Report on vaccination in Madras 1877-1894 - 1877-1894
Year: 1877
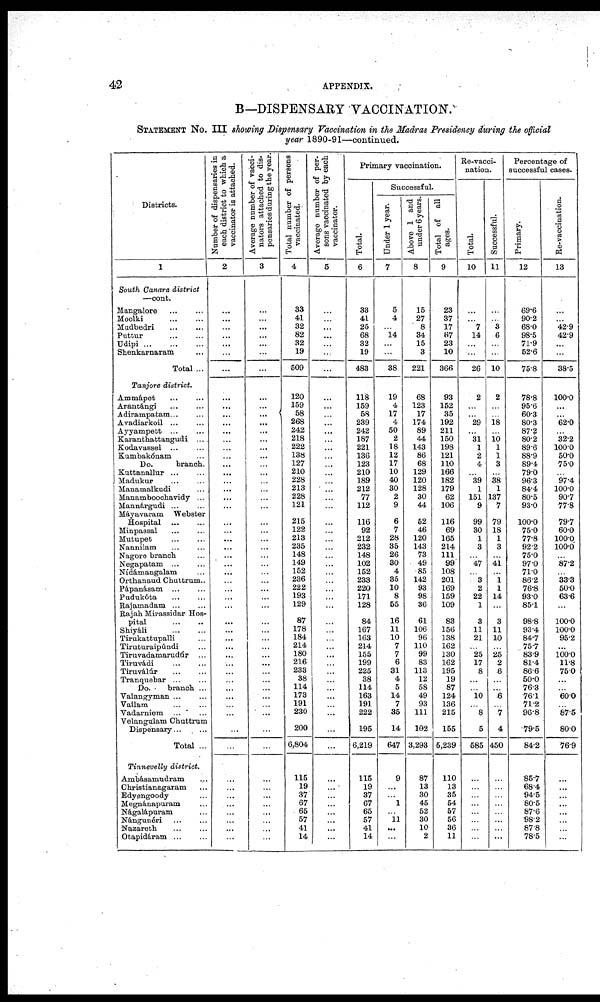
42
APPENDIX.
B—DISPENSARY VACCINATION.
STATEMENT No. III showing Dispensary Vaccination in the Madras Presidency during the official
year 1890-91—continued.
Districts.
1
South Canara district
—cont.
Mangalore ... ...
Moolki ... ...
Madbedri
...
...
Puttur
...
...
Udipi
...
...
...
Shenkarnaram ...
Total ...
Tanjore district.
Ammápet ... ...
Arantángi ... ...
Adirampatam ... ...
Avadiarkoil
...
...
Ayyampett ... ...
Karanthattangudi ...
Kodavassal ... ...
Kumbakónam ...
Do.
branch.
Kuttanallur ... ...
Madukur ... ...
Manamalkudi ...
Manamboochavidy ...
Mannárgudi ... ...
Máyavaram Webster
Hospital ... ...
Minpassal
...
...
Mutupet
...
...
Nannilam ... ...
Nagore branch ...
Negapatam ... ...
Nídamangalam ...
Orthanaud Chuttrum..
Pápanásam
...
...
Pudukóta
...
...
Rajamadam ... ...
Rajah Mirassidar Hos-
pital
...
...
Shiyáli
...
...
Tirukattupalli ...
Tiruturaipúndi ...
Tiruvadamarudúr ...
Tiruvádi
...
...
Tiruválúr
...
...
Tranquebar ... ...
Do.
branch ...
Valangyman ... ...
Vallam ... ...
Vadarniem ... ...
Velangulam Chuttrum
Dispensary...
Total ...
Tinnevelly district.
Ambásamudram ...
Ghristianagaram ...
Edyengoody ...
Megnánapuram ...
Nágalápuram ...
Nángunéri ... ...
Nazareth ... ...
Otapidáram
...
...
Number of dispensaries in
each district to which a
vaccinator is attached.
2
...
...
...
...
...
...
...
...
...
...
...
...
...
...
...
...
...
...
...
...
...
...
...
...
...
...
...
...
...
...
...
...
...
...
...
...
...
...
...
...
...
...
...
...
...
...
...
...
...
...
...
...
...
...
Average number of vacci-
nators attached to dis-
pensaries during the year.
3
...
...
...
...
...
...
...
...
...
...
...
...
...
...
...
...
...
...
...
...
...
...
...
...
...
...
...
...
...
...
...
...
...
...
...
...
...
...
...
...
...
...
...
...
...
...
...
...
...
...
...
...
...
...
Total number of persons
vaccinated.
4
33
41
32
82
32
19
509
120
159
58
268
242
218
222
138
127
210
228
213
228
121
215
122
213
235
148
149
152
236
222
193
129
87
178
184
214
180
216
233
38
114
173
191
230
200
6,804
115
19
37
67
65
57
41
14
Average number of per-
sons vaccinated by each
vaccinator.
5
...
...
...
...
...
...
...
...
...
...
...
...
...
...
...
...
...
...
...
...
...
...
...
...
...
...
...
...
...
...
...
...
...
...
...
...
...
...
...
...
...
...
...
...
...
...
...
...
...
...
...
...
...
...
Primary vaccination.
Total.
6
33
41
25
68
32
19
483
118
159
58
239
242
187
221
136
123
210
189
212
77
112
116
92
212
232
148
102
152
233
220
171
128
84
167
163
214
155
199
225
38
114
163
191
222
195
6,219
115
19
37
67
65
57
41
14
Successful.
Under 1 year.
7
5
4
...
14
...
...
38
19
4
17
4
50
2
18
12
17
10
40
30
2
9
6
7
28
35
26
30
4
35
10
8
55
16
11
10
7
7
6
31
4
5
14
7
35
14
647
9
...
...
1
...
11
...
...
Above 1 and
under 6 years.
8
15
27
8
34
15
3
221
68
123
17
174
89
44
143
86
68
129
120
128
30
44
52
46
120
143
73
49
85
142
93
98
36
61
106
96
110
99
83
113
12
58
49
93
111
102
3,293
87
13
30
45
52
30
10
2
Total of all
ages.
9
23
37
17
67
23
10
366
93
152
35
192
211
150
198
121
110
166
182
179
62
106
116
69
165
214
111
99
108
201
169
159
109
83
156
138
162
130
162
195
19
87
124
136
215
155
5,239
110
13
35
54
57
56
36
11
Re-vacci-
nation.
Total.
10
...
...
7
14
...
...
26
2
...
...
29
...
31
1
2
4
...
39
1
151
9
99
30
1
3
...
47
...
3
2
22
1
3
11
21
...
25
17
8
...
...
10
...
8
5
586
...
...
...
...
...
...
...
...
Successful.
11
...
...
3
6
...
...
10
2
...
...
18
...
10 1
1
3
...
38
1
137
7
79
18
1
3
...
41
...
1
1
14
...
3
11
10
...
25
2
6
...
...
6
...
7
4
450
...
...
...
...
...
...
...
...
Percentage of
successful cases.
Primary.
12
69.6
90.2
68.0
98.5
71.9
52.6
75.8
78.8
95.6
60.3
80.3
87.2
80.2
89.6
88.9
89.4
79.0
96.3
84.4
80.5
93.0
100.0
75.0
77.8
92.2
75.0
97.0
71.0
86.2
76.8
93.0
85.1
98.8
93.4
84.7
75.7
83.9
81.4
86.6
50.0
76.3
76.1
71.2
96.8
79.5
84.2
85.7
68.4
94.5
80.5
87.6
98.2
87.8
78.5
Re-vaccination.
13
...
...
42.9
42.9
...
...
38.5
100.0
...
...
62.0
...
32.2
100.0
50.0
75.0
...
97.4
100.0
90.7
77.8
79.7
60.0
100.0
100.0
...
87.2
...
33.3
50.0
63.6
...
100.0
100.0
95.2
...
100.0
11.8
75.0
...
...
60.0
...
87.5
80.0
76.9
...
...
...
...
...
...
...
...